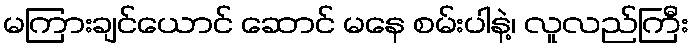
မကြားချင်ယောင် ဆောင် မနေ စမ်းပါနဲ့၊ လူလည်ကြီး